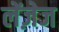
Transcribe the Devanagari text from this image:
लेंज़ेज